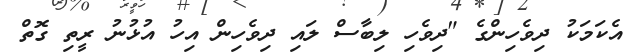
އެކަމަކު ދިވެހިންގެ "ދިވެހި ލިބާސް ލައި ދިވެހިން އިހު އުޅުނު ރީތި ގޮތް